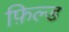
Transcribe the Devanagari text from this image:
फ़िल्ड